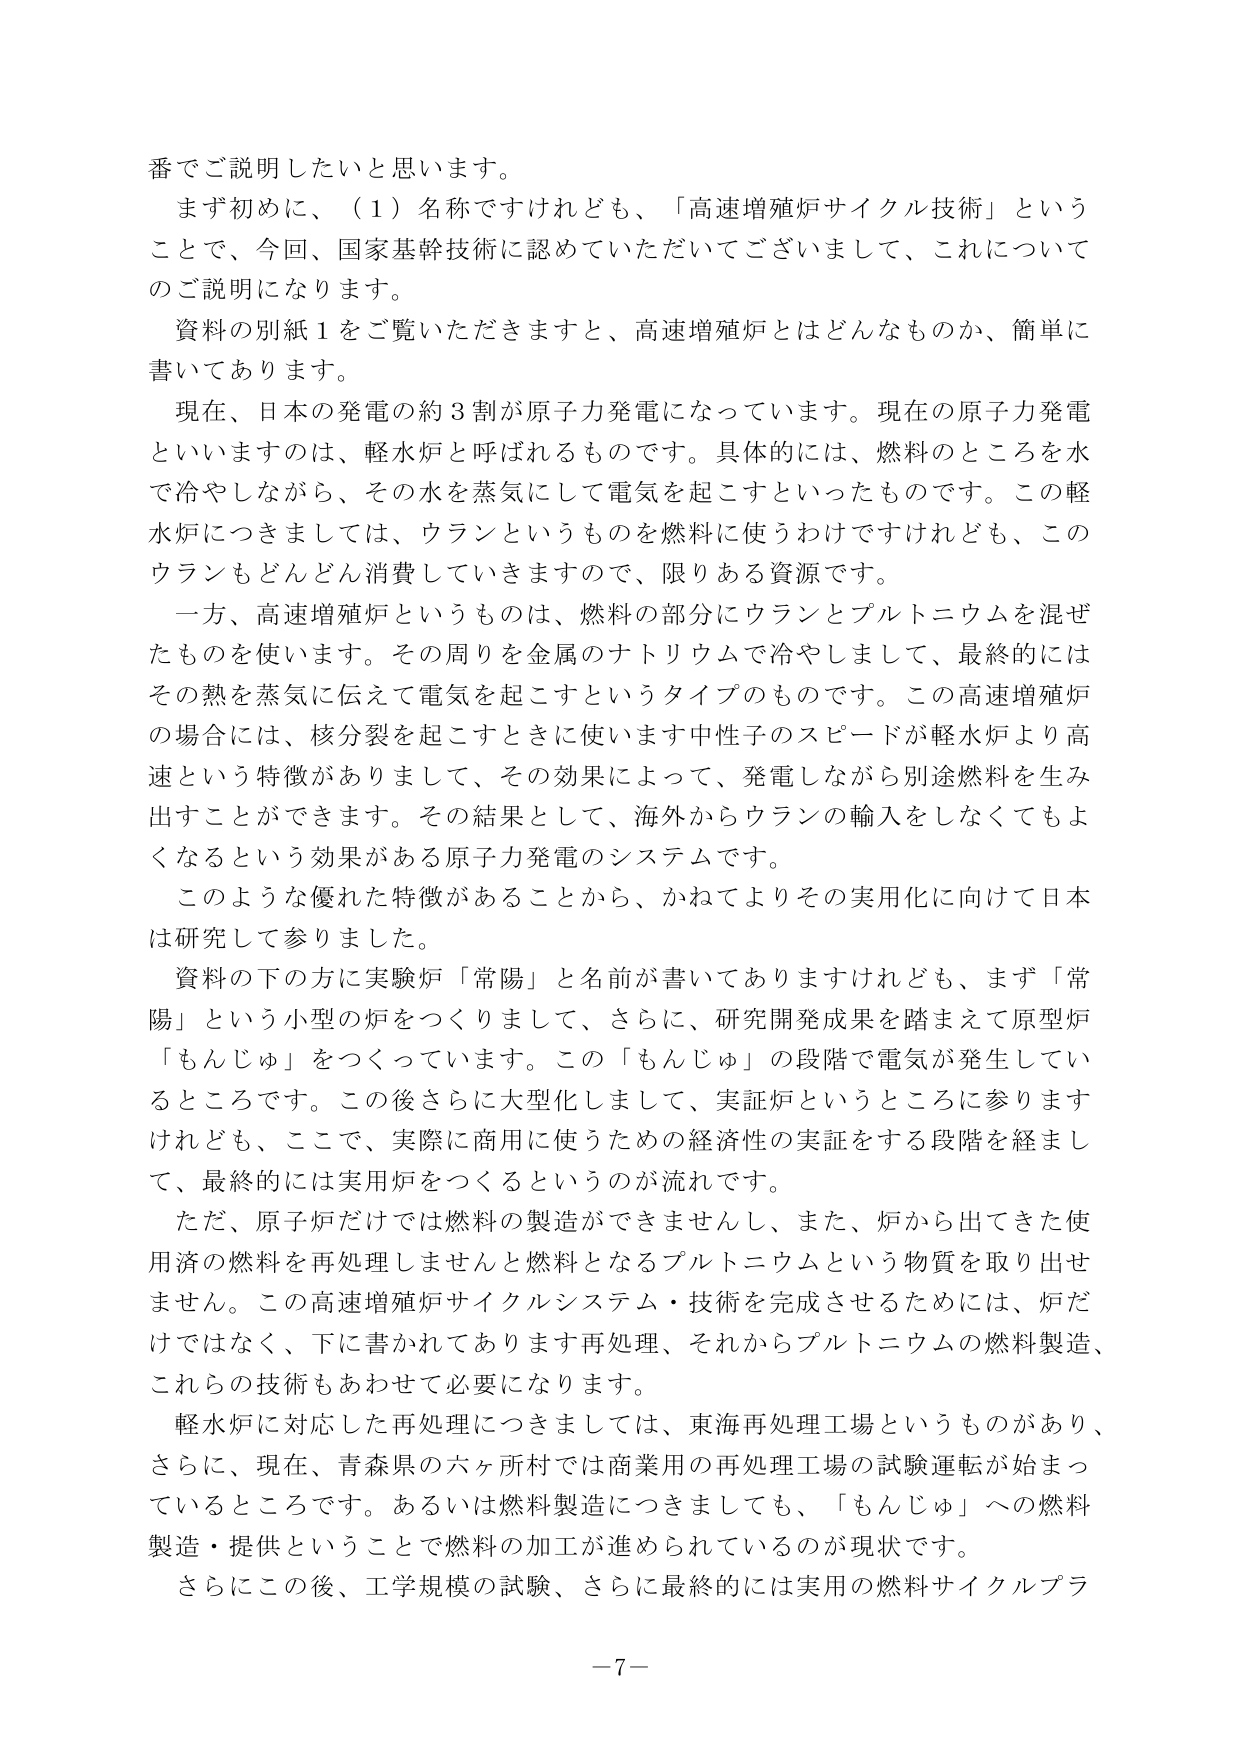
番でご説明したいと思います。

まず初めに、（１）名称ですけれども、「高速増殖炉サイクル技術」ということで、今回、国家基幹技術に認めていただいてございまして、これについてのご説明になります。

資料の別紙１をご覧いただきますと、高速増殖炉とはどんなものか、簡単に書いてあります。

現在、日本の発電の約３割が原子力発電になっています。現在の原子力発電といいますのは、軽水炉と呼ばれるものです。具体的には、燃料のところを水で冷やしながら、その水を蒸気にして電気を起こすといったものです。この軽水炉につきましては、ウランというものを燃料に使うわけですけれども、このウランもどんどん消費していきますので、限りある資源です。

一方、高速増殖炉というものは、燃料の部分にウランとプルトニウムを混ぜたものを使います。その周りを金属のナトリウムで冷やしまして、最終的にはその熱を蒸気に伝えて電気を起こすというタイプのものです。この高速増殖炉の場合には、核分裂を起こすときに使います中性子のスピードが軽水炉より高速という特徴がありまして、その効果によって、発電しながら別途燃料を生み出すことができます。その結果として、海外からウランの輸入をしなくてもよくなるという効果がある原子力発電のシステムです。

このような優れた特徴があることから、かねてよりその実用化に向けて日本は研究して参りました。

資料の下の方に実験炉「常陽」と名前が書いてありますけれども、まず「常陽」という小型の炉をつくりまして、さらに、研究開発成果を踏まえて原型炉「もんじゅ」をつくっています。この「もんじゅ」の段階で電気が発生しているところです。この後さらに大型化しまして、実証炉というところに参りますけれども、ここで、実際に商用に使うための経済性の実証をする段階を経まして、最終的には実用炉をつくるというのが流れです。

ただ、原子炉だけでは燃料の製造ができませんし、また、炉から出てきた使用済の燃料を再処理しませんと燃料となるプルトニウムという物質を取り出せません。この高速増殖炉サイクルシステム・技術を完成させるためには、炉だけではなく、下に書かれてあります再処理、それからプルトニウムの燃料製造、これらの技術もあわせて必要になります。

軽水炉に対応した再処理につきましては、東海再処理工場というものがあり、さらに、現在、青森県の六ヶ所村では商業用の再処理工場の試験運転が始まっているところです。あるいは燃料製造につきましても、「もんじゅ」への燃料製造・提供ということで燃料の加工が進められているのが現状です。

さらにこの後、工学規模の試験、さらに最終的には実用の燃料サイクルプラ

－７－